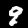
Label: 9